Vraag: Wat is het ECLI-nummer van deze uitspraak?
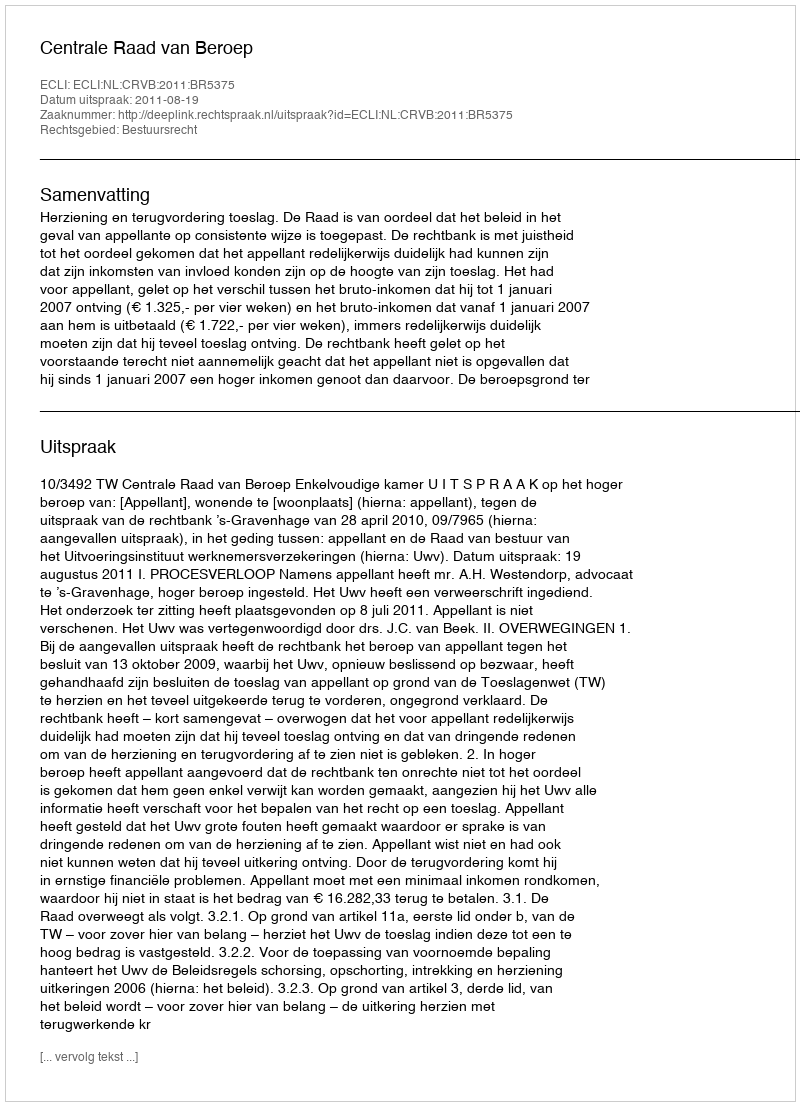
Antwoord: ECLI:NL:CRVB:2011:BR5375